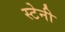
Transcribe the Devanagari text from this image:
स्टेनी